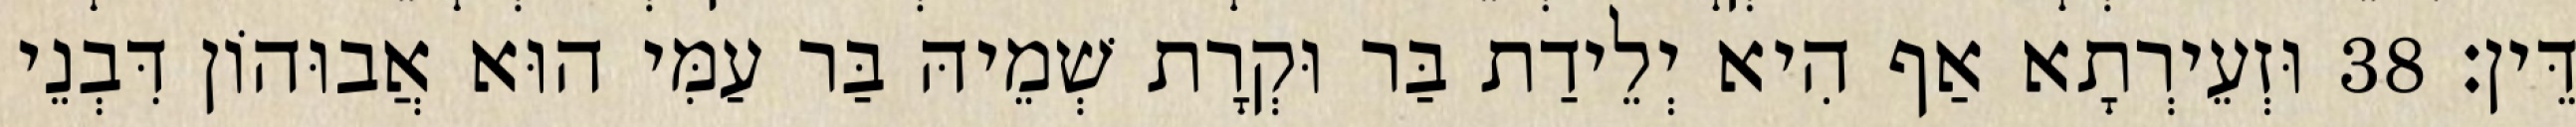
דֵּין׃ 38 וּזְעֵירְתָא אַף הִיא יְלֵידַת בַּר וּקְרָת שְׁמֵיהּ בַּר עַמִּי הוּא אֲבוּהוֹן דִּבְנֵי